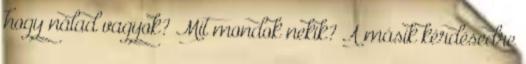
hogy nálad vagyok? Mit mondok nekik? A másik kérdésedre